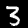
Label: 3